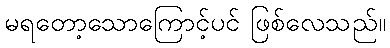
မရတော့သောကြောင့်ပင် ဖြစ်လေသည်။